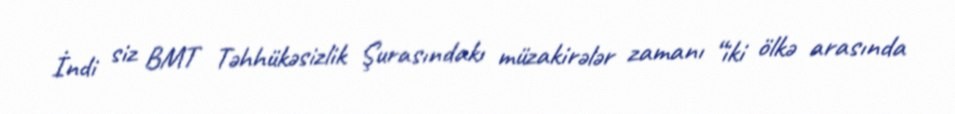
İndi siz BMT Təhhükəsizlik Şurasındakı müzakirələr zamanı “iki ölkə arasında